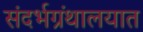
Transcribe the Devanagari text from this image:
संदर्भग्रंथालयात